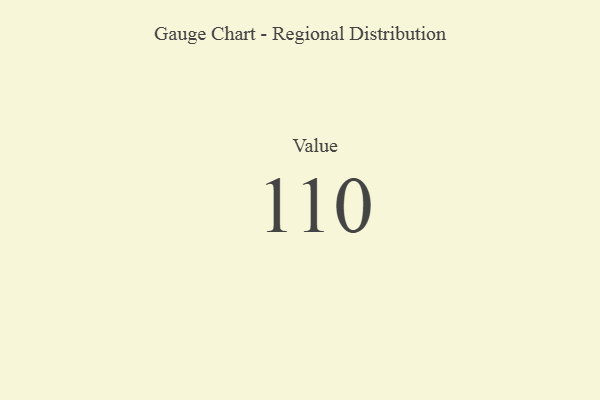
{"axis": {"x": "Metric", "y": "Value"}, "legend": [""], "data": [{"x": "Value", "y": 110, "type": ""}]}